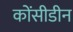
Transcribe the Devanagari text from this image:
कोंसीडीन